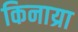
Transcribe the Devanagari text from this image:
किनाय्रा